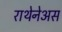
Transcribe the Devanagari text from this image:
राथेनेअस